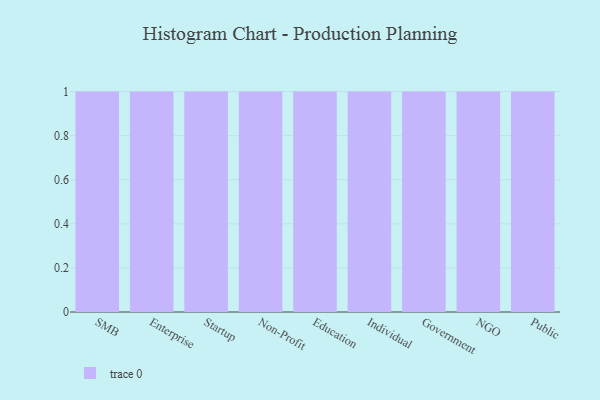
{"axis": {"x": "Segment", "y": "Temperature (°C)"}, "legend": [""], "data": [{"x": "SMB", "y": 98, "type": ""}, {"x": "Enterprise", "y": 35, "type": ""}, {"x": "Startup", "y": 7, "type": ""}, {"x": "Non-Profit", "y": 47, "type": ""}, {"x": "Education", "y": 98, "type": ""}, {"x": "Individual", "y": 36, "type": ""}, {"x": "Government", "y": 71, "type": ""}, {"x": "NGO", "y": 91, "type": ""}, {"x": "Public", "y": 82, "type": ""}]}